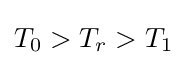
T_{0}>T_{r}>T_{1}